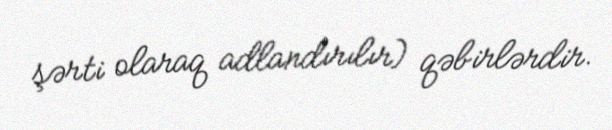
şərti olaraq adlandırılır) qəbirlərdir.